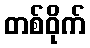
တစ်ဝိုက်